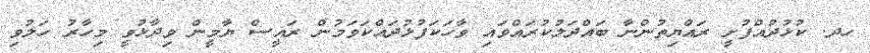
ހދ. ކުޅުދުއްފުށީ ރައްޔިތުންނާ ބައްދަލުކުރައްވައި ވާހަކަފުޅުދައްކަވަމުން ރައީސް ޔާމީން ވިދާޅުވީ މިހާރު ހަލުވި